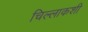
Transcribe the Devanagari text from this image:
चिल्लाकशी